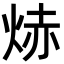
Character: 焃